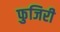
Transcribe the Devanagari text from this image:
फुजिरी